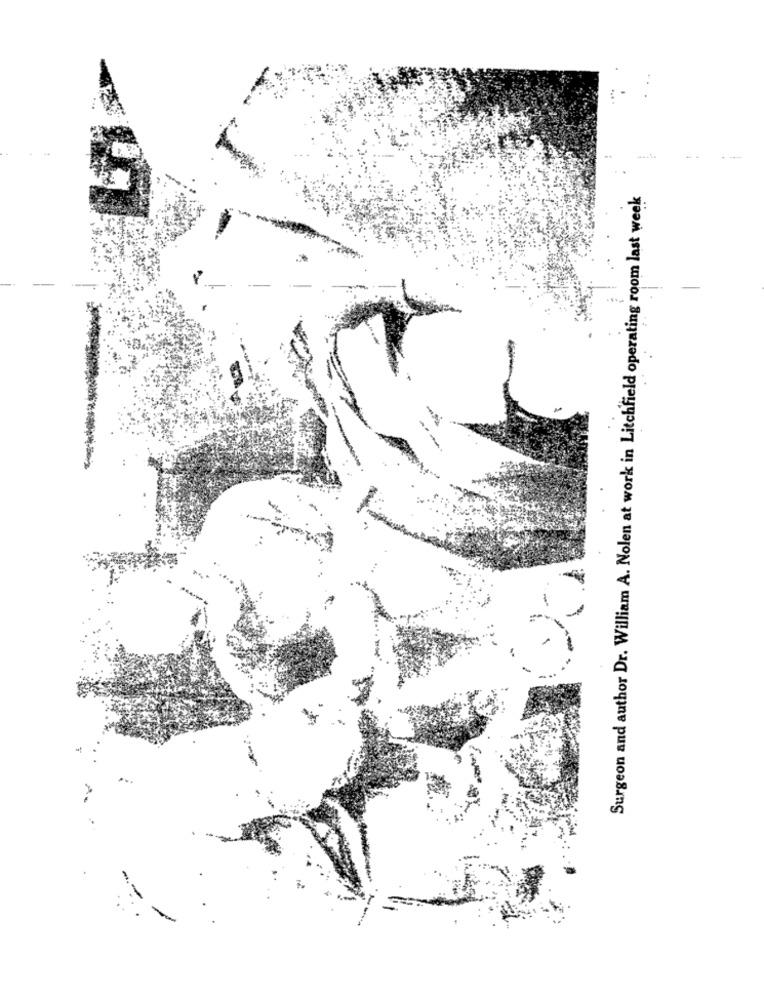
Surgeon and author Dr. William A. Nolen at work in Litchfield operating room last week